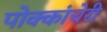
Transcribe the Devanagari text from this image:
पोक्कांचेरी